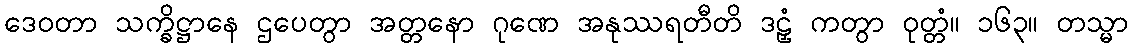
ဒေဝတာ သက္ခိဋ္ဌာနေ ဌပေတွာ အတ္တနော ဂုဏေ အနုဿရတီတိ ဒဠှံ ကတွာ ဝုတ္တံ။ ၁၆၃။ တသ္မာ